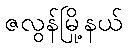
ဇလွန်မြို့နယ်